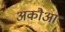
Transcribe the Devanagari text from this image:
अकौआ